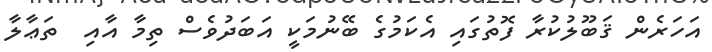
އަހަރެން ޤަބޫލުކުރާ ފޮތުގައި އެކަމުގެ ބޭނުމަކީ އަބަދުވެސް ތިމާ އާއި  ތަޢާލާ